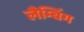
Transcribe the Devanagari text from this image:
लैम्बिंग